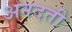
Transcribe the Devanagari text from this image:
अनदती